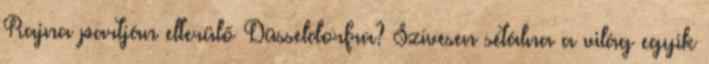
Rajna partján elterülő Düsseldorfra? Szívesen sétálna a világ egyik